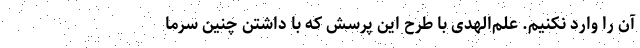
آن را وارد نکنیم. علم‌الهدی با طرح این پرسش که با داشتن چنین سرما